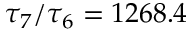
\tau _ { 7 } / \tau _ { 6 } = 1 2 6 8 . 4